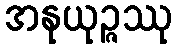
အနုယုဉ္ဇဿု